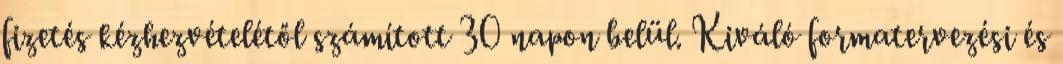
fizetés kézhezvételétől számított 30 napon belül. Kiváló formatervezési és